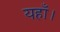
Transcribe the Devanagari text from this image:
यहाँ।